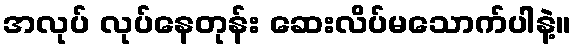
အလုပ် လုပ်နေတုန်း ဆေးလိပ်မသောက်ပါနဲ့။